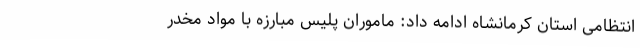
انتظامی استان کرمانشاه ادامه داد: ماموران پلیس مبارزه با مواد مخدر